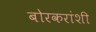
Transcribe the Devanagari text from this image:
बोरकरांशी